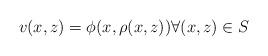
LaTeX: \begin{align*}v(x,z)=\phi(x,\rho(x,z))\forall(x,z)\in S\end{align*}